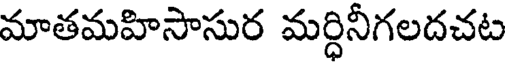
మాతమహిసాసుర మర్ధినీగలదచట